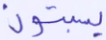
يسبتون